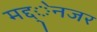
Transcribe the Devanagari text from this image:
मद्द्ेनजर